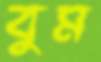
বুম